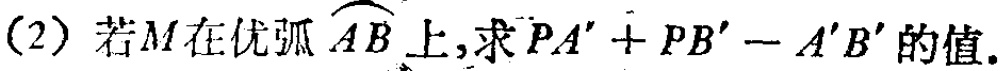
(2) 若\(M\)在优弧\(\overset{\frown}{AB}\)上，求\(PA'+PB'-A'B'\)的值。